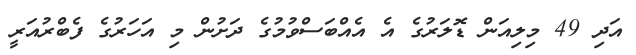
އަދި 49 މިލިއަން ޑޮލަރުގެ އެ އެއްބަސްވުމުގެ ދަށުން މި އަހަރުގެ ފެބްރުއަރީ